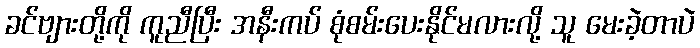
ခင်ဗျားတို့ကို ကူညီပြီး အနီးကပ် စုံစမ်းပေးနိုင်မလားလို့ သူ မေးခဲ့တာပဲ